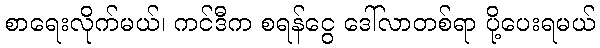
စာရေးလိုက်မယ်၊ ကင်ဒီက စရန်ငွေ ဒေါ်လာတစ်ရာ ပို့ပေးရမယ်